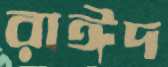
রাঈদ